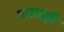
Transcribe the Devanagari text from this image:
मताग्रही